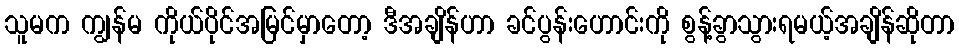
သူမက ကျွန်မ ကိုယ်ပိုင်အမြင်မှာတော့ ဒီအချိန်ဟာ ခင်ပွန်းဟောင်းကို စွန့်ခွာသွားရမယ့်အချိန်ဆိုတာ